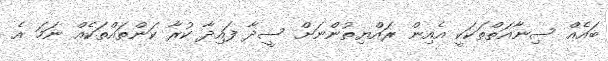
ބައެއް ސިނާއަތްތަކަކީ އެއިން ރައްޔިތުންނަށް ސީދާ ފައިދާ ކުރާ ކަންތައްތަކެއް ނަމަ އެ